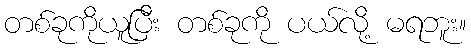
တစ်ခုကိုယူပြီး တစ်ခုကို ပယ်လို့ မရဘူး။